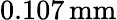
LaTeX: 0.107\, \mathrm{mm}